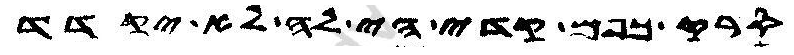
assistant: סרק כפם קדי הי לה לא יקדד